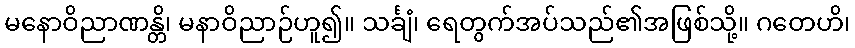
မနောဝိညာဏန္တိ၊ မနာဝိညာဉ်ဟူ၍။ သင်္ချံ၊ ရေတွက်အပ်သည်၏အဖြစ်သို့။ ဂတေဟိ၊